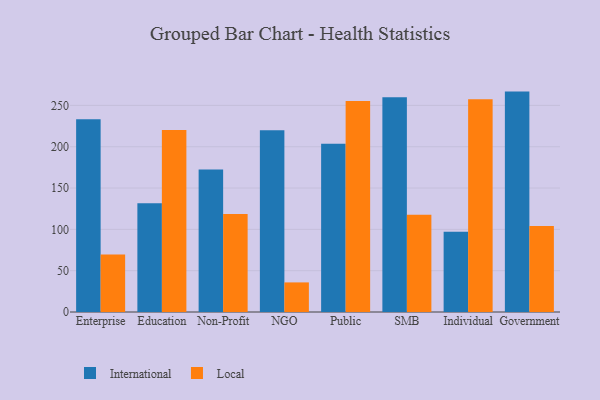
{"axis": {"x": "Segment", "y": "Latency (ms)"}, "legend": ["International", "Local"], "data": [{"x": "Enterprise", "y": 233.2, "type": "International"}, {"x": "Enterprise", "y": 69.5, "type": "Local"}, {"x": "Education", "y": 131.7, "type": "International"}, {"x": "Education", "y": 220.3, "type": "Local"}, {"x": "Non-Profit", "y": 172.5, "type": "International"}, {"x": "Non-Profit", "y": 118.6, "type": "Local"}, {"x": "NGO", "y": 220.0, "type": "International"}, {"x": "NGO", "y": 35.8, "type": "Local"}, {"x": "Public", "y": 203.7, "type": "International"}, {"x": "Public", "y": 255.4, "type": "Local"}, {"x": "SMB", "y": 259.8, "type": "International"}, {"x": "SMB", "y": 117.8, "type": "Local"}, {"x": "Individual", "y": 97.0, "type": "International"}, {"x": "Individual", "y": 257.3, "type": "Local"}, {"x": "Government", "y": 266.7, "type": "International"}, {"x": "Government", "y": 104.0, "type": "Local"}]}